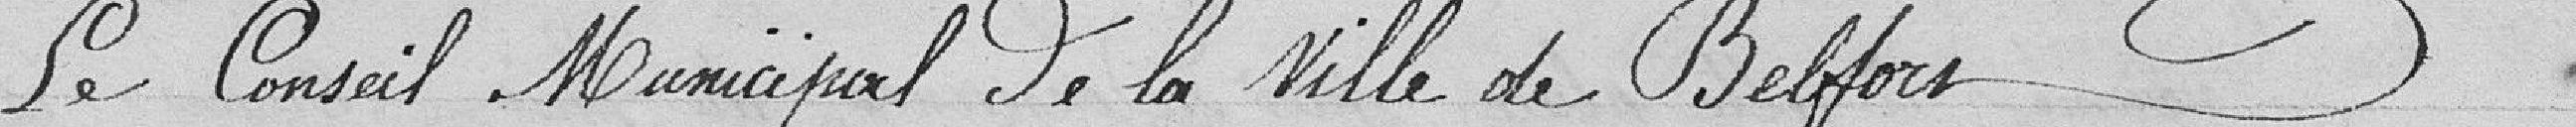
Le Conseil municipal de la ville de Belfort